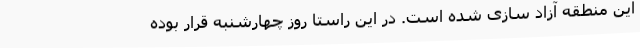
این منطقه آزاد سازی شده است. در این راستا روز چهارشنبه قرار بوده